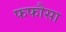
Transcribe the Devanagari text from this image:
फफौसा